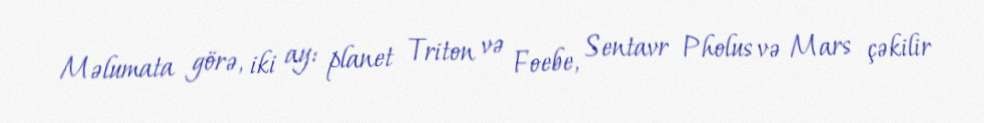
Məlumata görə, iki ay: planet Triton və Foebe, Sentavr Pholus və Mars çəkilir